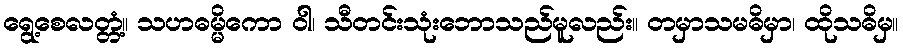
ရွေ့စေလတ္တံ့။ သဟဓမ္မိကော ဝါ၊ သီတင်းသုံးဘောသည်မူလည်း။ တမှာသမဓိမှာ၊ ထိုသဓိမှ။